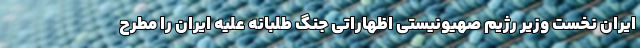
ایران نخست وزیر رژیم صهیونیستی اظهاراتی جنگ طلبانه علیه ایران را مطرح